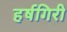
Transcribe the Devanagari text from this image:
हर्षगिरी